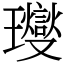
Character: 𤫉